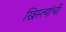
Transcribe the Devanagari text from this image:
ख्रिस्त्यांची